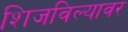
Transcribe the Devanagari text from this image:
शिजविल्यावर